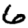
Digit: 6